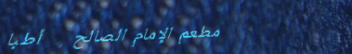
مطعم الإمام الصالح   أطبا